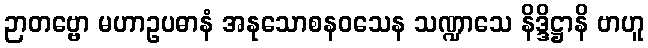
ဉာတဗ္ဗော မဟာဥပဓာနံ အနုသောစနဝသေန သဏ္ဍာသေ နိဒ္ဒိဋ္ဌာနိ ဗာဟူ